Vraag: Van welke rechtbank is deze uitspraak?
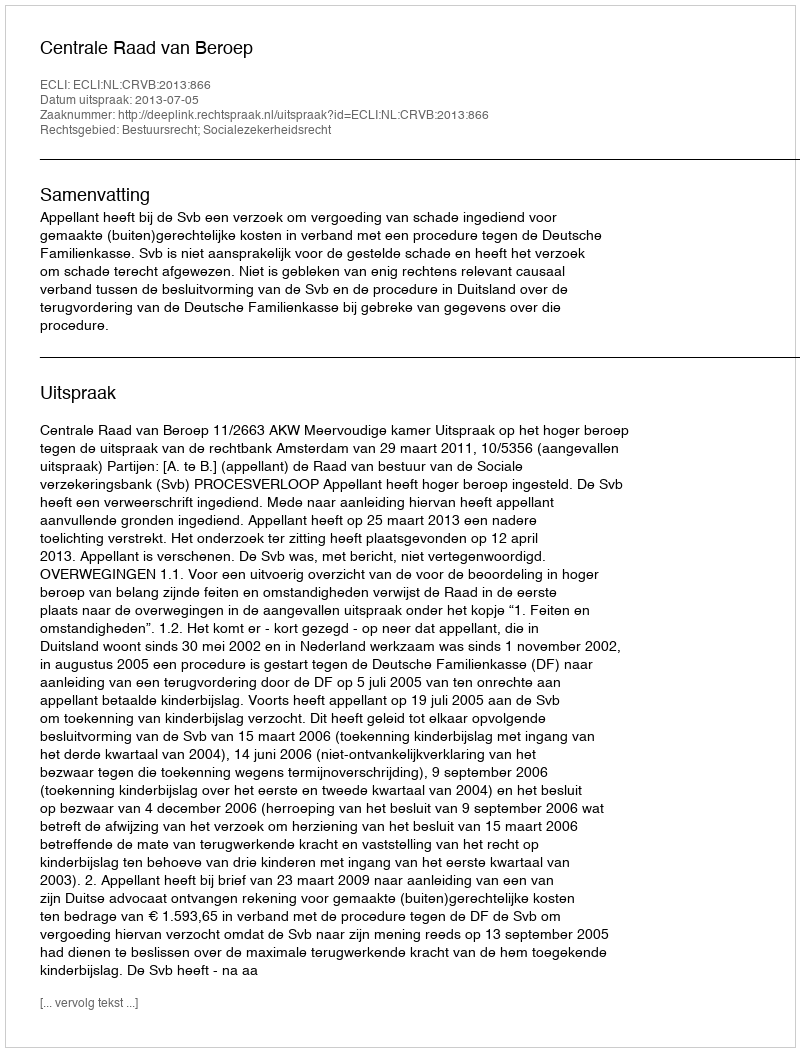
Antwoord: Centrale Raad van Beroep